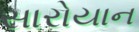
સારોયાન